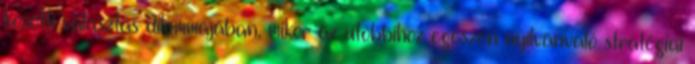
közötti választás dilemmájában, mikor az utóbbihoz egészen nyilvánvaló stratégiai